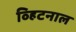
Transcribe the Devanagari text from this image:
व्हिटनाल